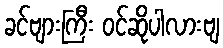
ခင်ဗျားကြီး ဝင်ဆိုပါလားဗျ